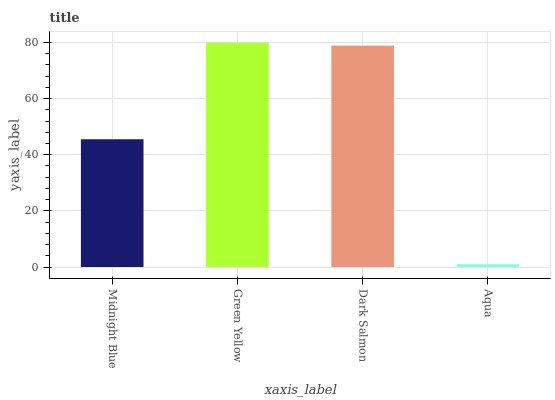
| xaxis_label | bars |
 | --- | --- |
 | Midnight Blue | 45.5 |
 | Green Yellow | 79.9 |
 | Dark Salmon | 78.9 |
 | Aqua | 0.978 |